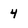
Character: 4